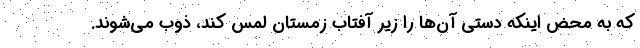
که به محض اینکه دستی آن‌ها را زیر آفتاب زمستان لمس کند، ذوب می‌شوند.